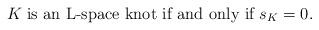
LaTeX: \begin{align*} K \textup{ is an L-space knot if and only if } s_K=0.\end{align*}